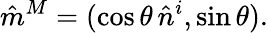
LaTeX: \hat{m}^{M}=(\cos\theta\, \hat{n}^{i},\sin\theta).